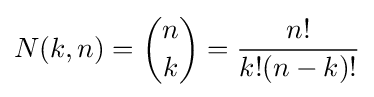
N(k,n)={n \choose k}={\frac {n!}{k!(n-k)!}}